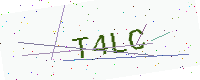
Text: T4LC